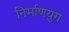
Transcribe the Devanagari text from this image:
निर्माणयुग